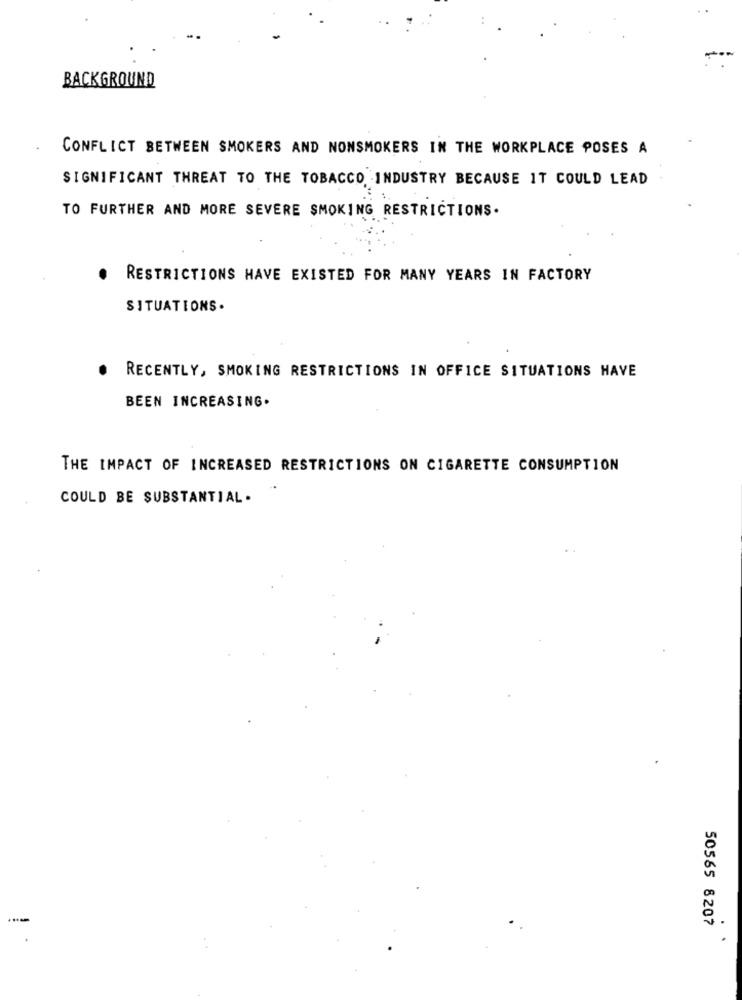
BACKGROUND
CONFLICT BETWEEN SMOKERS AND NONSMOKERS IN THE WORKPLACE POSES A
SIGNIFICANT THREAT TO THE TOBACCO INDUSTRY BECAUSE IT COULD LEAD
1.
TO FURTHER AND MORE SEVERE SMOKING RESTRICTIONS.
RESTRICTIONS HAVE EXISTED FOR MANY YEARS IN FACTORY
SITUATIONS.
RECENTLY, SMOKING RESTRICTIONS IN OFFICE SITUATIONS HAVE
BEEN INCREASING.
THE IMPACT OF INCREASED RESTRICTIONS ON CIGARETTE CONSUMPTION
COULD BE SUBSTANTIAL.
50565 8207